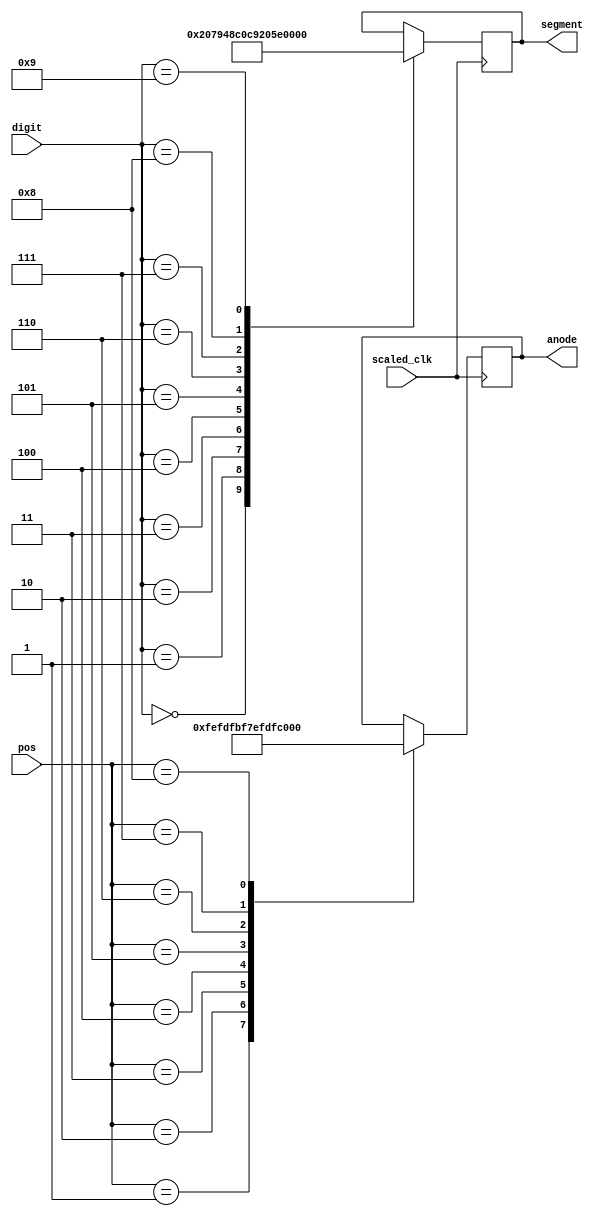
`timescale 1ns / 1ps
//////////////////////////////////////////////////////////////////////////////////
// Company: 
// Engineer: 
// 
// Design Name: 
// Module Name: seven_seg
// Project Name: 
// Target Devices: 
// Tool Versions: 
// Description: 
// 
// Dependencies: 
// 
// Revision:
// Revision 0.01 - File Created
// Additional Comments:
// 
//////////////////////////////////////////////////////////////////////////////////
`timescale 1ns / 1ps

module seven_seg(scaled_clk, digit, pos, anode, segment);
    
    input scaled_clk;
    input [3:0] digit;
	input [3:0] pos;
	output reg [7:0] anode;
	output reg [6:0] segment;
	
	initial begin
		anode <= 8'b11111111;
		segment <= 7'b1111111;
	end
	
	always @(posedge scaled_clk) begin
		case (digit)
			0: segment <= 7'b1000000;
			1: segment <= 7'b1111001;
			2: segment <= 7'b0100100;
			3: segment <= 7'b0110000;
			4: segment <= 7'b0011001;
			5: segment <= 7'b0010010;
			6: segment <= 7'b0000010;
			7: segment <= 7'b1111000;
			8: segment <= 7'b0000000;
			9: segment <= 7'b0010000;
		endcase
		
		case (pos)
		     1: anode <= 8'b11111110;
		     2: anode <= 8'b11111101;
		     3: anode <= 8'b11111011;
		     4: anode <= 8'b11110111;
		     5: anode <= 8'b11101111;
		     6: anode <= 8'b11011111;
		     7: anode <= 8'b10111111;
		     8: anode <= 8'b01111111;
		endcase
	end
	
endmodule